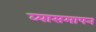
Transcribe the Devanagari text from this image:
व्यासमापन